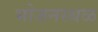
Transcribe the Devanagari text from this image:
भोजनस्थळ